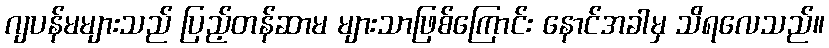
ဂျပန်မများသည် ပြည့်တန်ဆာမ များသာဖြစ်ကြောင်း နောင်အခါမှ သိရလေသည်။